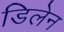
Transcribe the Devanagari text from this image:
डिलेन